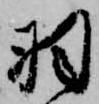
羽